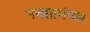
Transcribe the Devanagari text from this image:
मनसामंगल